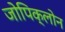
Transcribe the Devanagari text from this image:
जोपिक्लोन